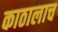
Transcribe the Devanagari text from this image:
काठालाच